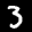
Label: 3